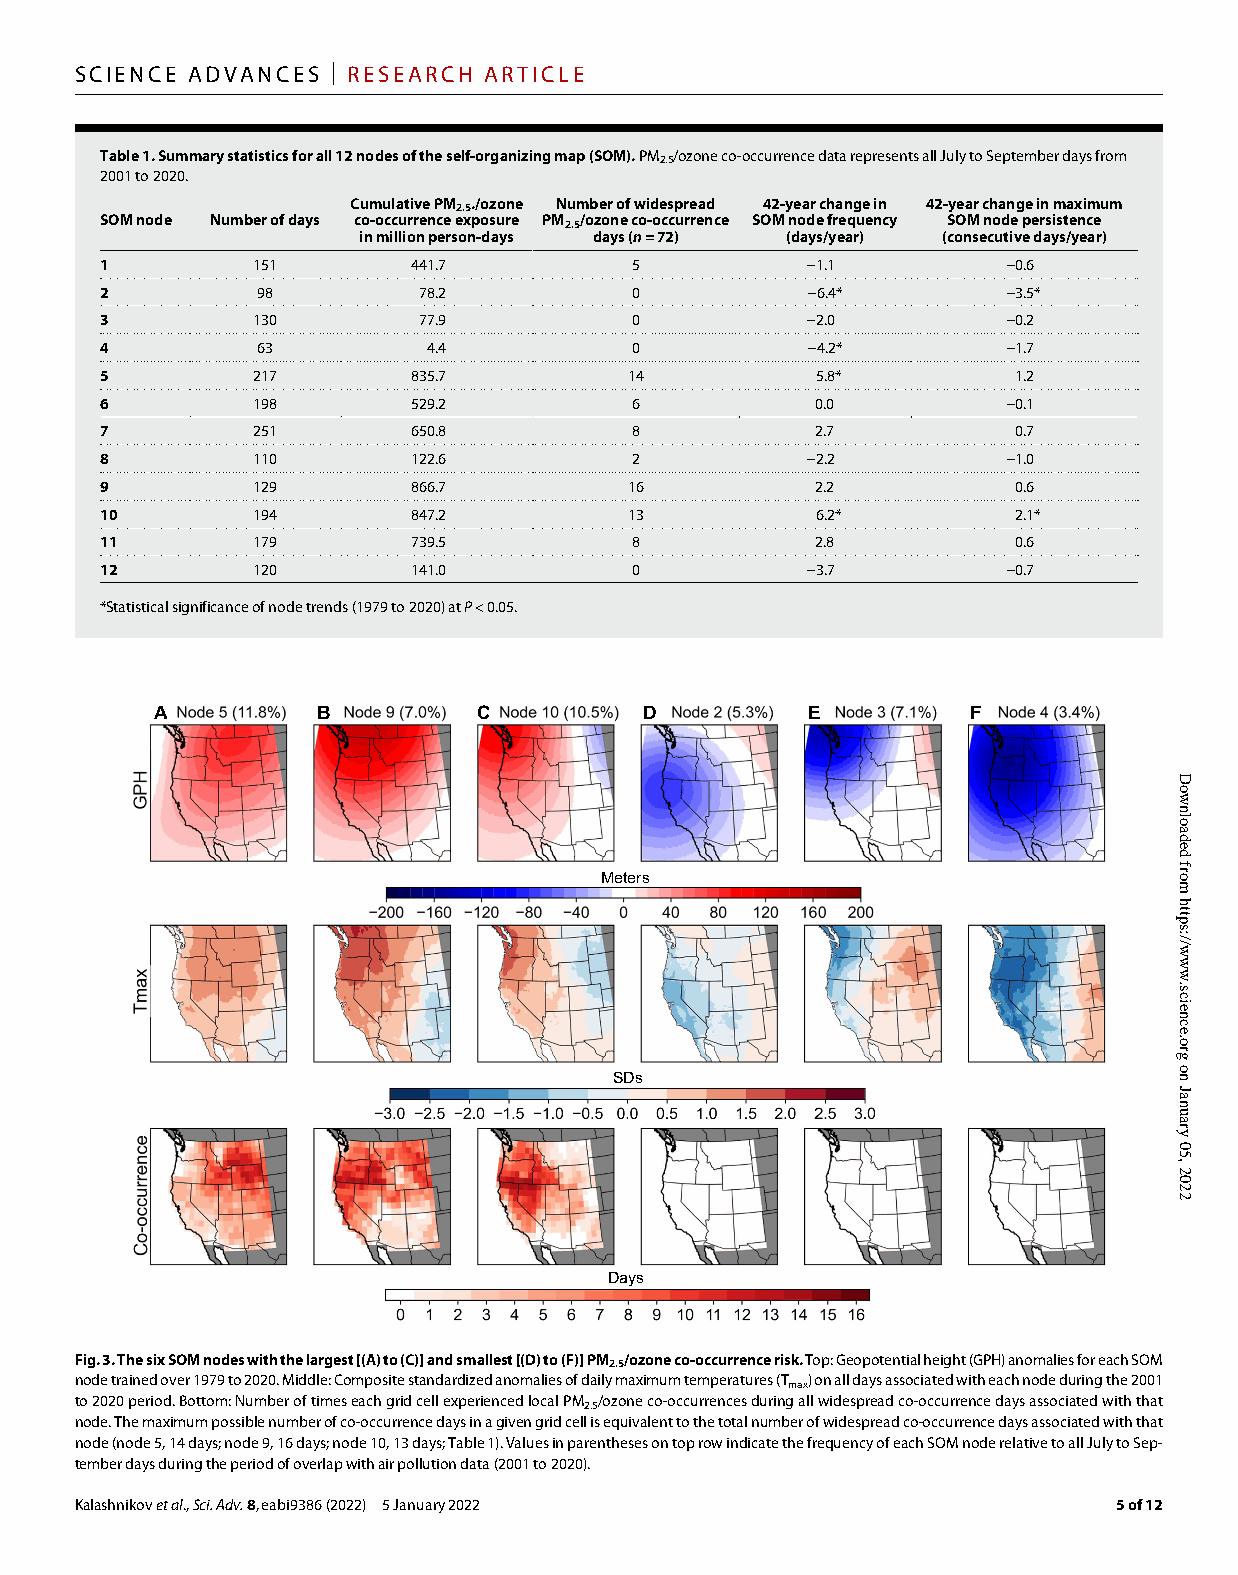
SCIENCE ADVANCES | RESEARCH ARTICLE
 Table 1. Summary statistics for all 12 nodes of the self-organizing map (SOM). PM2.5/ozone co-occurrence data represents all July to September days from
 2001 to 2020.
 Cumulative PM2.5./ozone Number of widespread 42-year change in 42-year change in maximum
 SOM node Number of days co-occurrence exposure PM2.5/ozone co-occurrence SOM node frequency SOM node persistence
 in million person-days days (n = 72) (days/year) (consecutive days/year)
 1         151       441.7          5          −1.1          −0.6
 2         98         78.2          0          −6.4*         −3.5*
 3         130        77.9          0          −2.0          −0.2
 4         63         4.4           0          −4.2*         −1.7
 5         217       835.7          14          5.8*         1.2
 6         198       529.2          6           0.0          −0.1
 7         251       650.8          8           2.7          0.7
 8         110       122.6          2          −2.2          −1.0
 9         129       866.7          16          2.2          0.6
 10        194       847.2          13          6.2*         2.1*
 11        179       739.5          8           2.8          0.6
 12        120       141.0          0          −3.7          −0.7
 *Statistical significance of node trends (1979 to 2020) at P < 0.05.
 A          B          C          D         E          F
 Meters
 SDs
 Days
 Fig. 3. The six SOM nodes with the largest [(A) to (C)] and smallest [(D) to (F)] PM2.5/ozone co-occurrence risk. Top: Geopotential height (GPH) anomalies for each SOM
 node trained over 1979 to 2020. Middle: Composite standardized anomalies of daily maximum temperatures (Tmax) on all days associated with each node during the 2001
 to 2020 period. Bottom: Number of times each grid cell experienced local PM2.5/ozone co-occurrences during all widespread co-occurrence days associated with that
 node. The maximum possible number of co-occurrence days in a given grid cell is equivalent to the total number of widespread co-occurrence days associated with that
 node (node 5, 14 days; node 9, 16 days; node 10, 13 days; Table 1). Values in parentheses on top row indicate the frequency of each SOM node relative to all July to Sep-
 tember days during the period of overlap with air pollution data (2001 to 2020).
 Kalashnikov et al., Sci. Adv. 8, eabi9386 (2022) 5 January 2022      5 of 12
 Downloaded
 from
 https://www.science.org
 on
 January
 05,
 2022